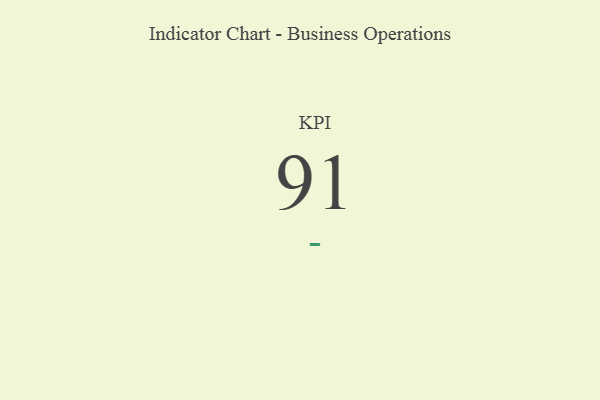
{"axis": {"x": "KPI", "y": "Value"}, "legend": [""], "data": [{"x": "KPI", "y": 91, "type": ""}]}